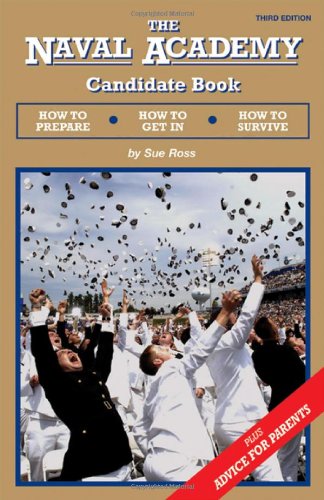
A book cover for The Naval Academy Candidate Book:  How to Prepare, How to Get In, How to Survive; Sue Ross; Test Preparation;